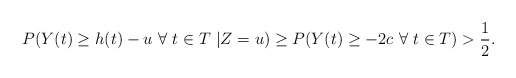
\begin{align*}P(Y(t) \ge h(t)-u~\forall~t \in T~| Z=u)\ge P(Y(t) \ge -2c~\forall~t \in T)>\frac{1}{2}.\end{align*}